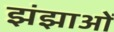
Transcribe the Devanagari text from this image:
झंझाओं